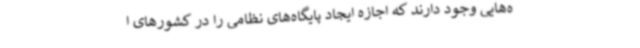
ه‌هایی وجود دارند که اجازه ایجاد پایگاه‌های نظامی را در کشورهای ا